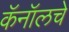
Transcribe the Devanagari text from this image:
कॅनॉलचे